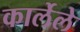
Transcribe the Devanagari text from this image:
कार्लेले